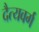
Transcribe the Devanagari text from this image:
दैत्यवर्ग